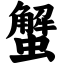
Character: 蟹